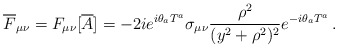
\begin{align*}{\overline F}_{\mu\nu} = F_{\mu\nu}[{\overline A}] = -2ie^{i\theta_{a}T^{a}} \sigma_{\mu\nu} \frac{\rho^{2}}{(y^{2}+\rho^{2})^{2}} e^{-i\theta_{a}T^{a}} \, .\end{align*}